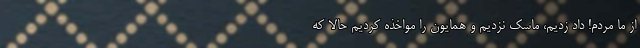
از ما مردم! داد زدیم، ماسک نزدیم و همایون را مواخذه کردیم حالا که